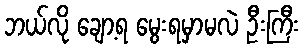
ဘယ်လို ချော့ရ မွေးရမှာမလဲ ဦးကြီး